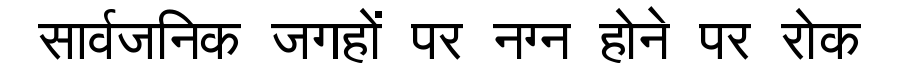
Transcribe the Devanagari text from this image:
सार्वजनिक जगहों पर नग्न होने पर रोक